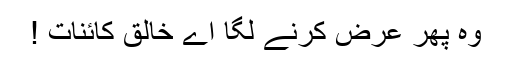
وہ پھر عرض کرنے لگا اے خالق کائنات !